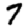
Digit: 7